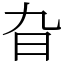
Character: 旮